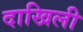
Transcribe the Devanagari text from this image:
दाखिली